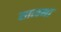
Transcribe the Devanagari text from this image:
सात्वना